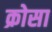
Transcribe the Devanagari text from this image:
क्रोसा